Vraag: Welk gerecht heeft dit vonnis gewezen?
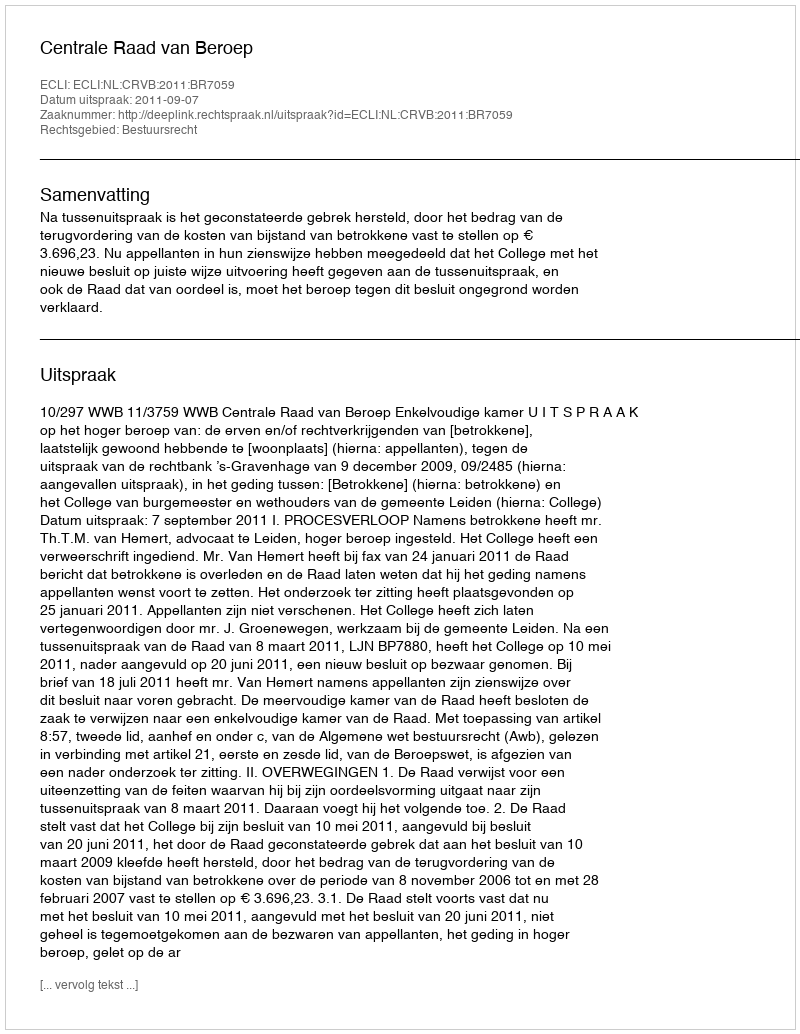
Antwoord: Centrale Raad van Beroep